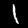
Digit: 1